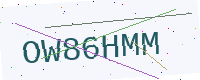
Text: OW86HMM